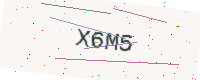
Text: X6M5